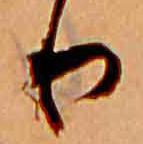
り